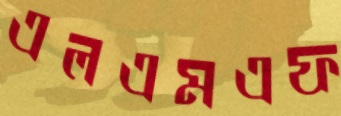
এলএমএফ